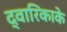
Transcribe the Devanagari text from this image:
द्वारिकाके